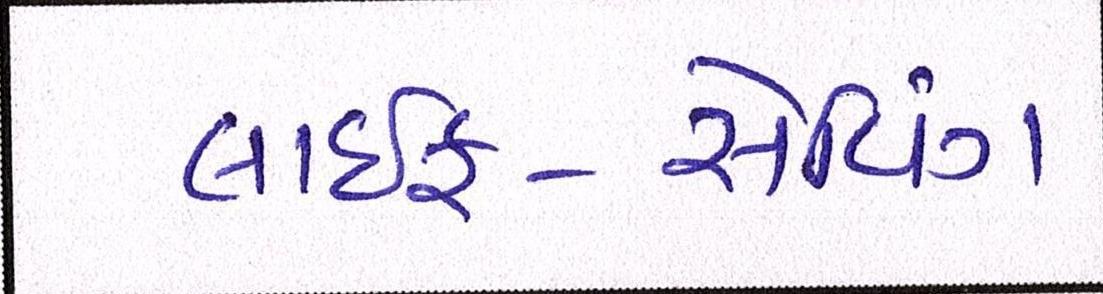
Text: લાઇફ-સેવિંગ